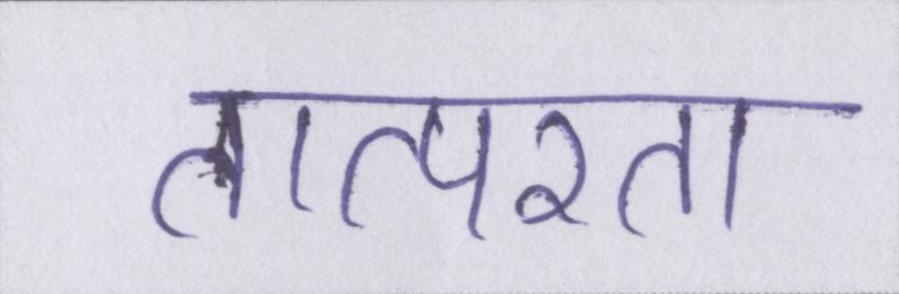
तात्परता